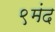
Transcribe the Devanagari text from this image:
९मंद